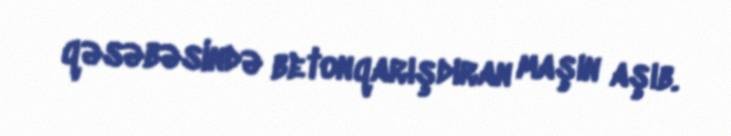
qəsəbəsində betonqarışdıran maşın aşıb.